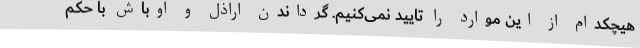
هیچکدام از این موارد را تایید نمی‌کنیم. گرداندن اراذل و اوباش با حکم